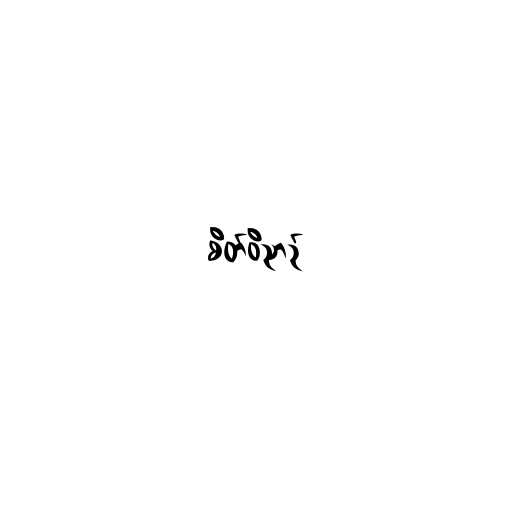
စိတ်ဝိညာဉ်